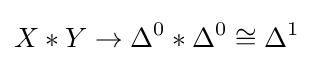
X*Y\rightarrow \Delta ^{0}*\Delta ^{0}\cong \Delta ^{1}